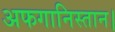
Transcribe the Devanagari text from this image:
अफगानिस्तान।